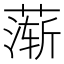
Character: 𬞋